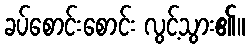
ခပ်စောင်းစောင်း လွင့်သွား၏။